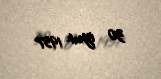
30 iyun 1957